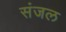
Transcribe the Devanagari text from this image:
संजल